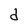
Character: d